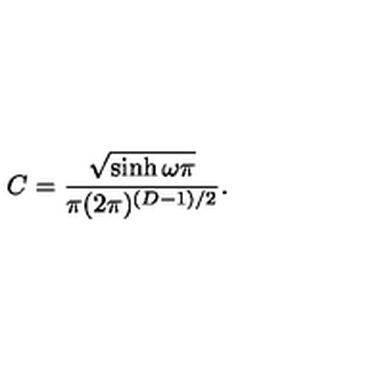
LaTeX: C = \frac { \sqrt { \sinh \omega \pi } } { \pi ( 2 \pi ) ^ { ( D - 1 ) / 2 } } .